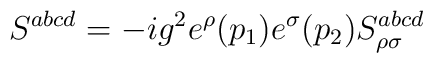
S^{abcd}=-ig^2e^\rho (p_1)e^\sigma (p_2)S_{\rho \sigma }^{abcd}